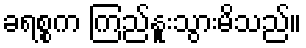
ခရစ္စက ကြည်နူးသွားမိသည်။